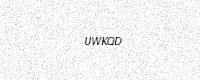
Text: UWKQD